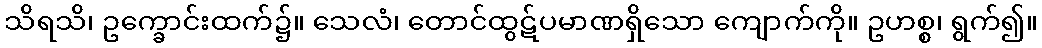
သိရသိ၊ ဥက္ခောင်းထက်၌။ သေလံ၊ တောင်ထွဋ်ပမာဏရှိသော ကျောက်ကို။ ဥဟစ္စ၊ ရွက်၍။